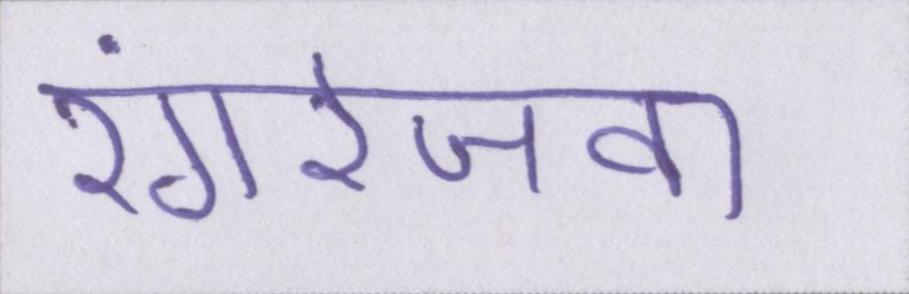
रंगरेजवा